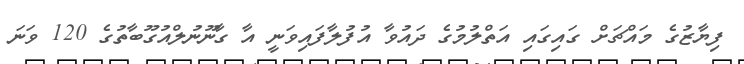
ފިޔާޒުގެ މައްޗަށް ގައިގައި އަތްލުމުގެ ދައުވާ އުފުލާފައިވަނީ އާ ގާނޫނުލްއުގޫބާތުގެ 120 ވަނަ